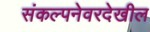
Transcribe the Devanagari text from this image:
संकल्पनेवरदेखील